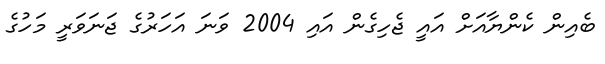
ބެއިން ކެންޔާއަށް އައީ ޖެހިގެން އައި 2004 ވަނަ އަހަރުގެ ޖަނަވަރީ މަހުގެ